Annual report on the working of the lock hospitals in the Central Provinces
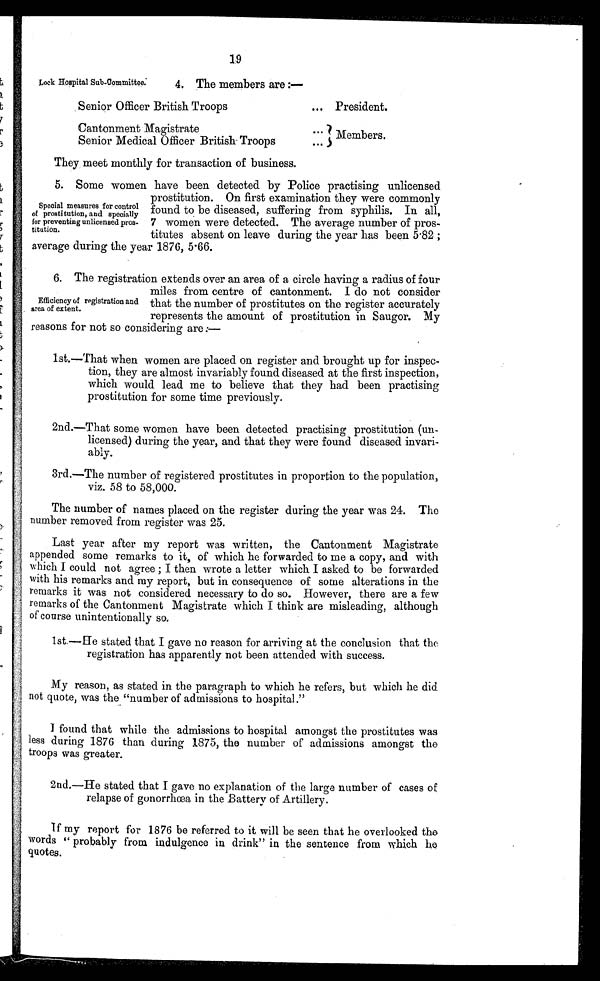
19
Lock Hospital Sub-Committee.
4. The members are —
Senior Officer British Troops
... President.
Cantonment Magistrate
...
Senior Medical Officer British Troops
...
They meet monthly for transaction of business.
Members.
5. Some women have been detected by Police practising unlicensed
prostitution. On first examination they were commonly
found to be diseased, suffering from syphilis. In all,
7 women were detected. The average number of pros-
titutes absent on leave during the year has been 5 .82 ;
average during the year 1876, 5·66.
6. The registration extends over an area of a circle having a radius of four
miles from centre of cantonment. I do not consider
that the number of prostitutes on the register accurately
represents the amount of prostitution in Saugor. My
reasons for not so considering are :—
1st.—That when women are placed on register and brought up for inspec-
tion, they are almost invariably found diseased at the first inspection,
which would lead me to believe that they had been practising
prostitution for some time previously.
2nd.—That some women have been detected practising prostitution (un-
licensed) during the year, and that they were found diseased invari-
ably.
3rd.—The number of registered prostitutes in proportion to the population,
viz. 58 to 58,000.
The number of names placed on the register during the year was 24. The
number removed from register was 25.
Last year after my report was written, the Cantonment Magistrate
appended some remarks to it, of which he forwarded to me a copy, and with
which I could not agree ; I then wrote a letter which I asked to be forwarded
with his remarks and my report, but in consequence of some alterations in the
remarks it was not considered necessary to do so. However, there are a few
remarks of the Cantonment Magistrate which I think are misleading, although
of course unintentionally so.
1st.—He stated that I gave no reason for arriving at the conclusion that the
registration has apparently not been attended with success.
My reason, as stated in the paragraph to which he refers, but which he did
not quote, was the "number of admissions to hospital."
I found that while the admissions to hospital amongst the prostitutes was
less during 1876 than during 1875, the number of admissions amongst the
troops was greater.
2nd.—He stated that I gave no explanation of the large number of cases of
relapse of gonorrhœa in the Battery of Artillery.
If my report for 1876 be referred to it will be seen that he overlooked the
words " probably from indulgence in drink" in the sentence from which he
quotes.
Special measures for control
of prostitution, and specially
for preventing unlicensed pros-
titution.
Efficiency of registration and
area of extent.